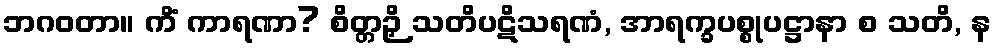
ဘဂဝတာ။ ကိံ ကာရဏာ? စိတ္တဉှိ သတိပဋိသရဏံ, အာရက္ခပစ္စုပဋ္ဌာနာ စ သတိ, န